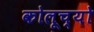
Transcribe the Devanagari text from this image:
कोलूच्यो